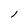
Character: l